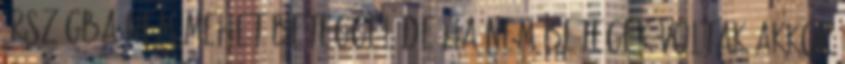
órszágba nem mehet beteggel.De ha nem betegek voltak akkor